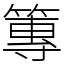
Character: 篿